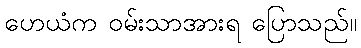
ဟေယံက ဝမ်းသာအားရ ပြောသည်။